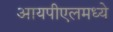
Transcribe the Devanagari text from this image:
आयपीएलमध्ये